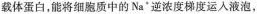
载体蛋白，能将细胞质中的Na^{+}逆浓度梯度运入液泡，